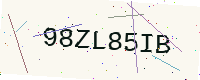
Text: 98ZL85IB